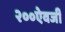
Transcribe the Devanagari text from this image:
२००ऐवजी